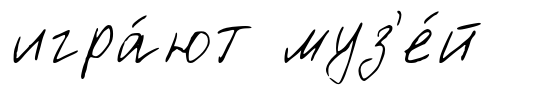
игра́ют муз'е́й